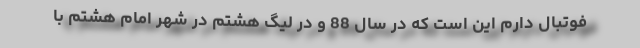
فوتبال دارم این است که در سال 88 و در لیگ هشتم در شهر امام هشتم با